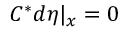
C ^ { * } d \eta | _ { x } = 0